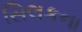
સિલકના